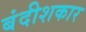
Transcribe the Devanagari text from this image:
बंदीशकार